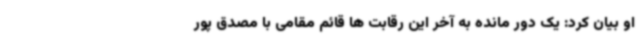
او بیان کرد: یک دور مانده به آخر این رقابت ها قائم مقامی با مصدق پور